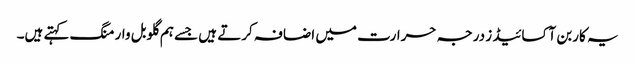
یہ کاربن آکسائیڈ ز درجہ حرارت میں اضافہ کرتے ہیں جسے ہم گلوبل وارمنگ کہتے ہیں۔